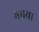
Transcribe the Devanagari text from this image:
गमया